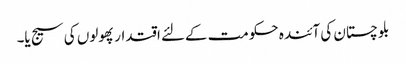
بلوچستان کی آئندہ حکومت کےلئے اقتدار پھولوں کی سیج یا۔